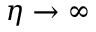
\eta \to \infty